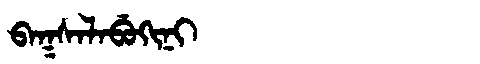
Manchu: ᠪᠠᡴᠰᠠᠯᠠᠪᡠᡴᡳᠨᡳ
Romanization: BAKSALABUKINI